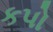
કપો